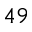
^ { 4 9 }